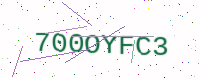
Text: 700OYFC3